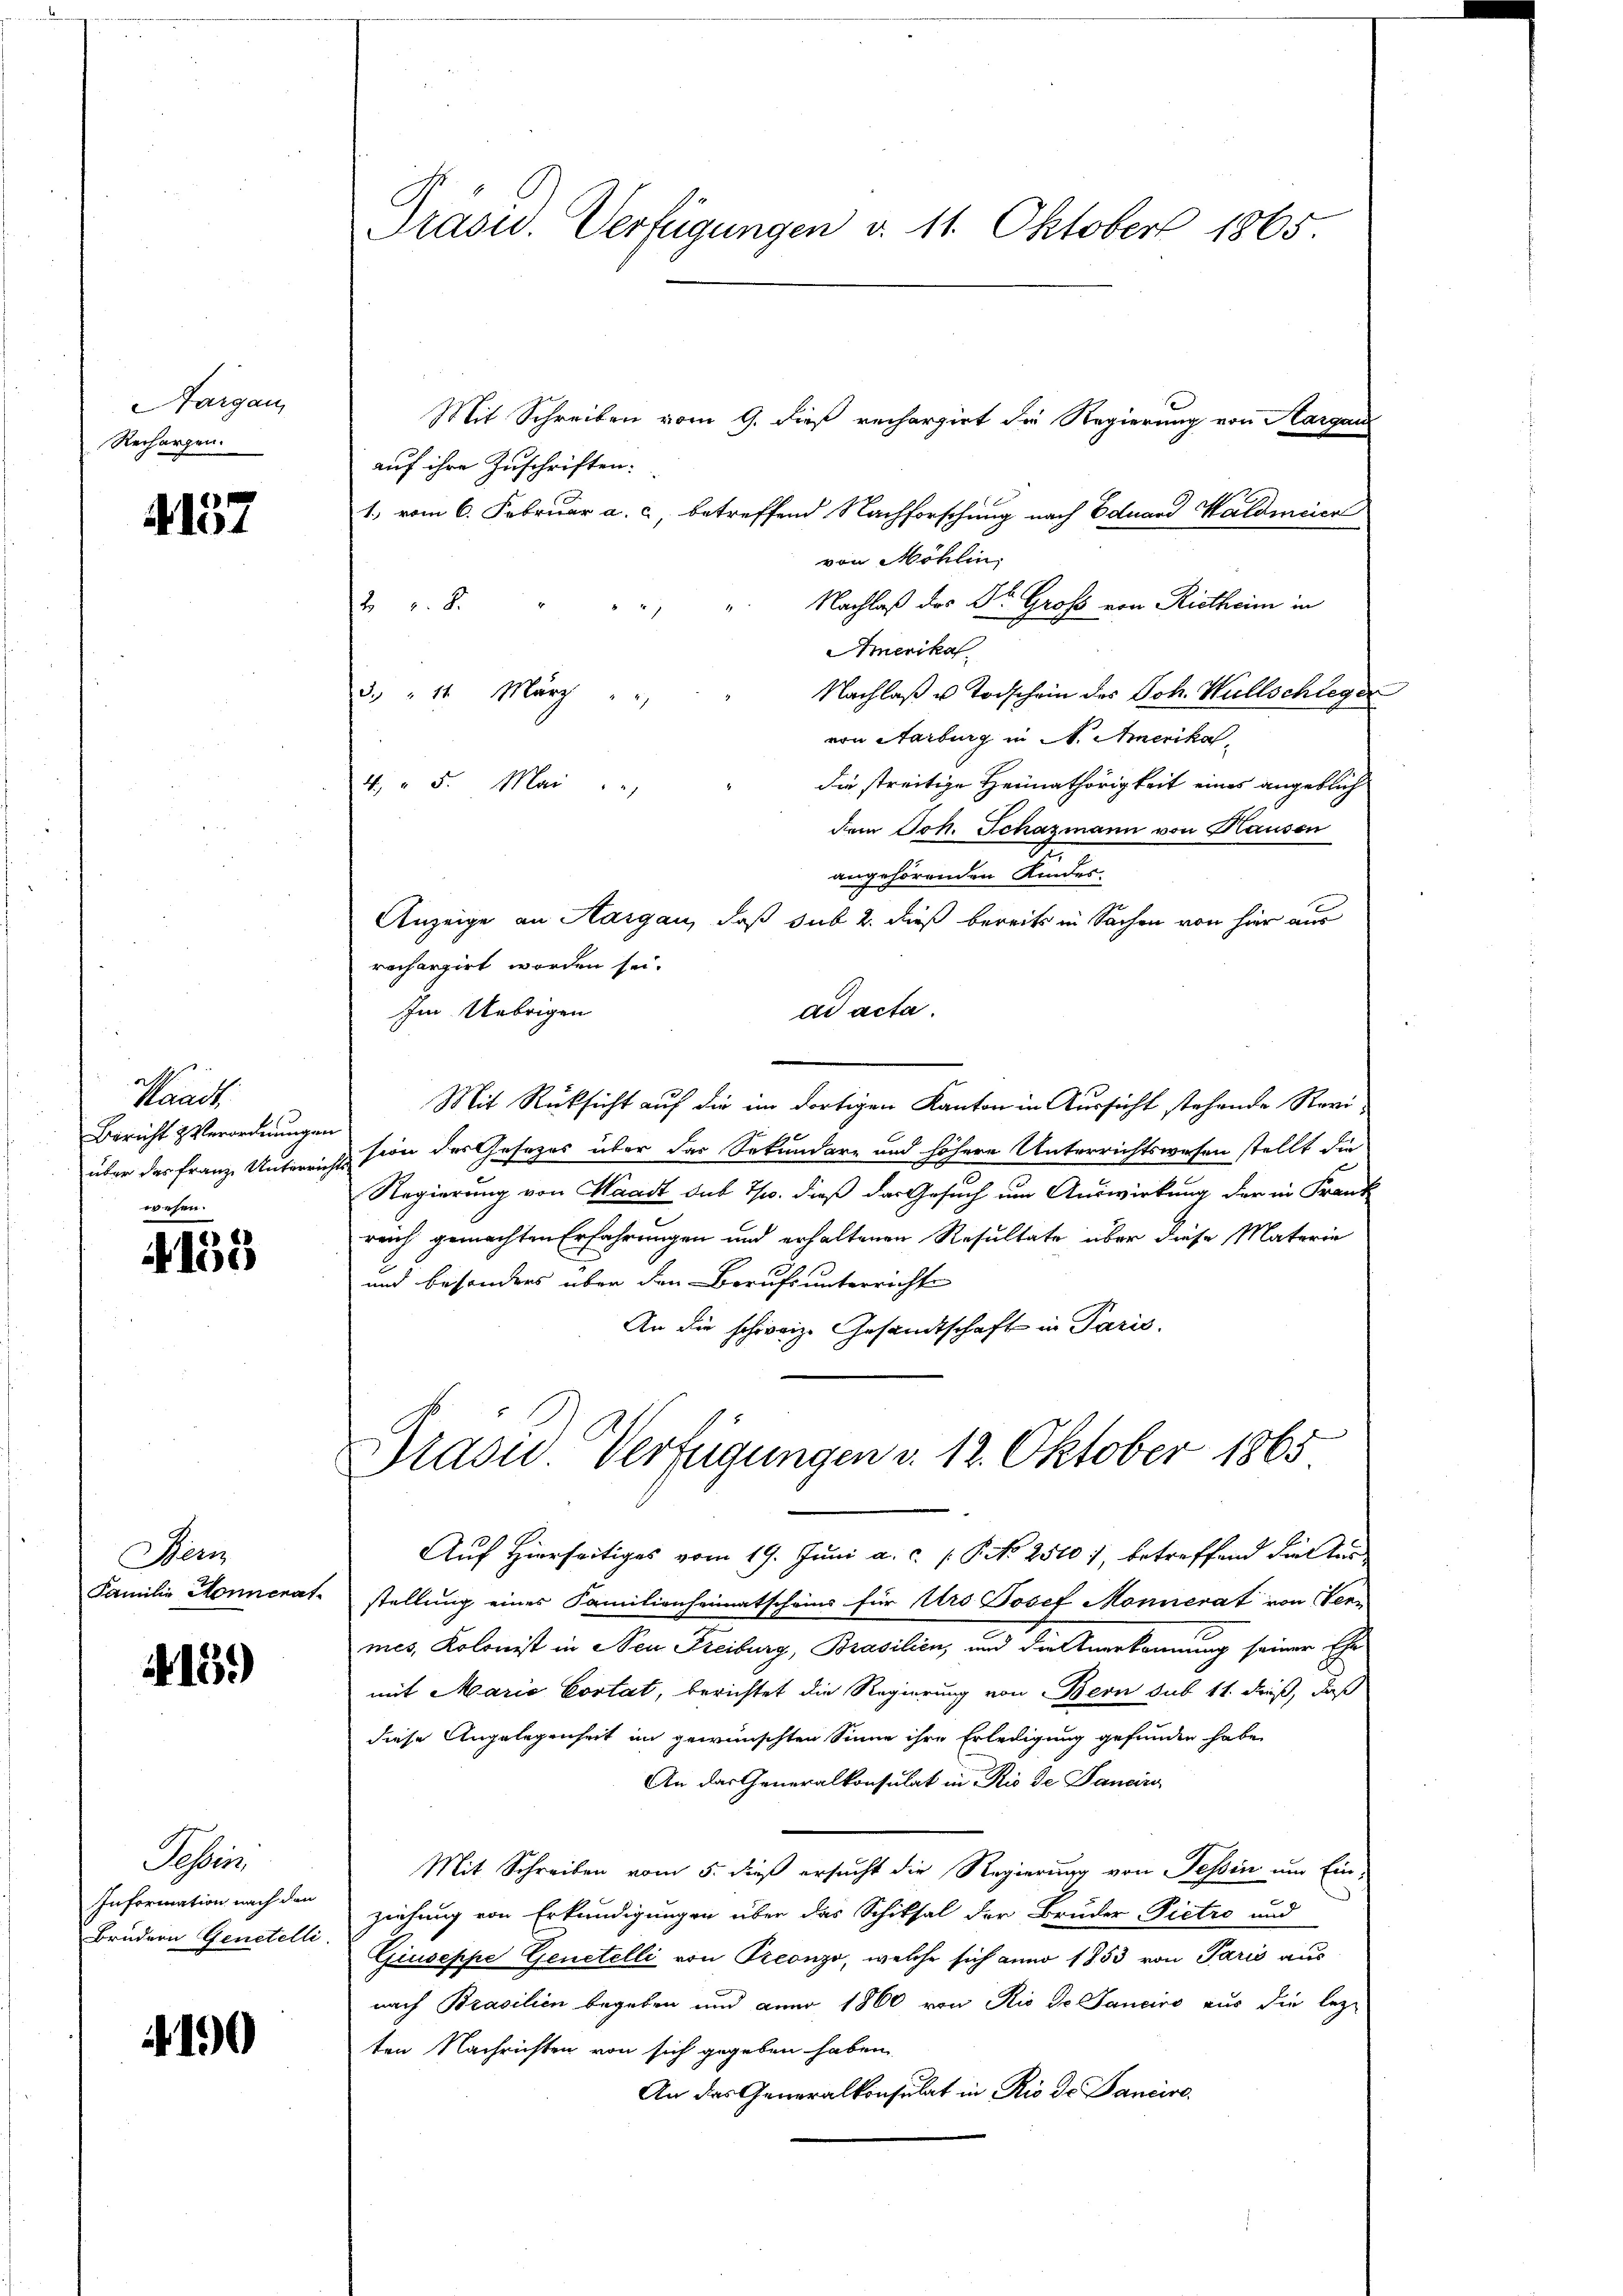
Aargau,
Rechargen.

4157

Waadt.
Bericht & Verordnungen
über das Franz Unterre

4155

Nem
Familie Honnenat

15.)

Seri
Information nach den
Brudern Genstelli

190

Präsid. Verfügungen d. 11. Oktober 1865.

Mit Schreiben vom 9. dieß rechargirt die Regierung von Hargau
auf ihre Zuschriften:
1., vom 6. Februar a. c., betreffend Nachforschung nach Eduard Waldmeier
von Möhlin,
Nachlaß das Dr. Groß von Rietheim in
28.
Amerikal
Nachlaβ u Todschein des Joh. Wüllschleger
3. " 14 März
von Aarburg in N. Amerikas,
die streitige Heimathörigkeit eines angeblich
4. " 5. Mai
dem Joh. Schazmann von Hausen
angehörenden Kindes.
Anzeige an Aargau, daß sub 2. dieß bereits in Sachen von hier aus
rechargirt worden sei.
Im Uebrigen
ad acta.
Mit Rücksicht auf die im dortigen Kanton in Aussicht stehende Revision des Gesezes über das Sekundare und höhere Unterrichtswesen stellt die
Regierung von Waadt sub Ts. dieß das Gesuch um Auswirkung der in Franz
reich gemachten Erfahrungen und erhaltenen Resultate über diese Materie
und besonders über den Berufs unterrichte
An die schweiz. Gesandtschaft in Paris.
Präsid. Verfügungen v. 12. Oktober 1865
Auf Hierseitiges vom 19. Juni a. c. P. No 25107, betreffend diester
stellung eines Familienheimatscheins für Urs Josef Monnerat von Ver-
mes, Kolonist in Neu Freiburg, Brasilien, und die Anerkennung seiner Ehe
mit Maria Costat, berichtet die Regierung von Bern sub 11. dieß, daß
diese Angelegenheit im gewünschten Sinne ihre Erledigung gefunden habe,
An der Generalkonsulat in Rio de Janeiro
Mit Schreiben vom 5. dieß ersucht die Regierung von Tessin um Ein-
ziehung von Erkundigungen über das Schiksal der Bruder Pietro und
Giuseppe Genetelli von Preonzo, welche sich anno 1853 von Paris aus
nach Brasilien begeben und anno 1860 von Rio de Janeiro aus die lezt
ten Nachrichten von sich gegeben haben
An das Generalkonsulat in Rio de Bancire